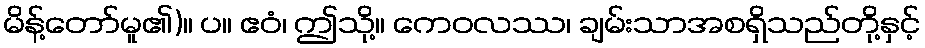
မိန့်တော်မူ၏)။ ပ။ ဧဝံ၊ ဤသို့။ ကေဝလဿ၊ ချမ်းသာအစရှိသည်တို့နှင့်